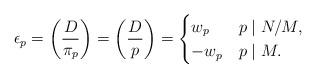
LaTeX: \begin{align*}\epsilon_p = \left(\frac{D}{\pi_p}\right) = \left(\frac{D}{p}\right) =\begin{cases} w_p & p \mid N/M,\\ -w_p & p \mid M.\end{cases}\end{align*}